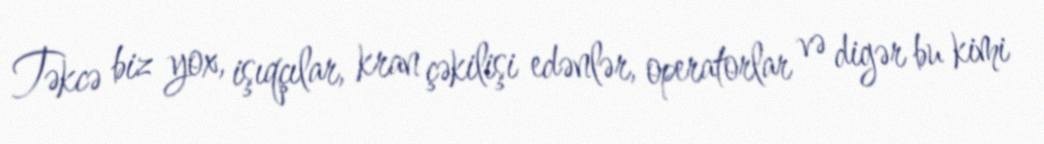
Təkcə biz yox, işıqçılar, kran çəkilişi edənlər, operatorlar və digər bu kimi